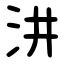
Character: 汫